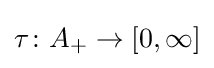
\tau \colon A_{+}\to [0,\infty ]